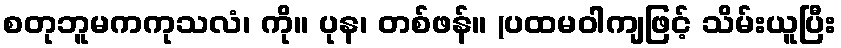
စတုဘူမကကုသလံ၊ ကို။ ပုန၊ တစ်ဖန်။ (ပထမဝါကျဖြင့် သိမ်းယူပြီး